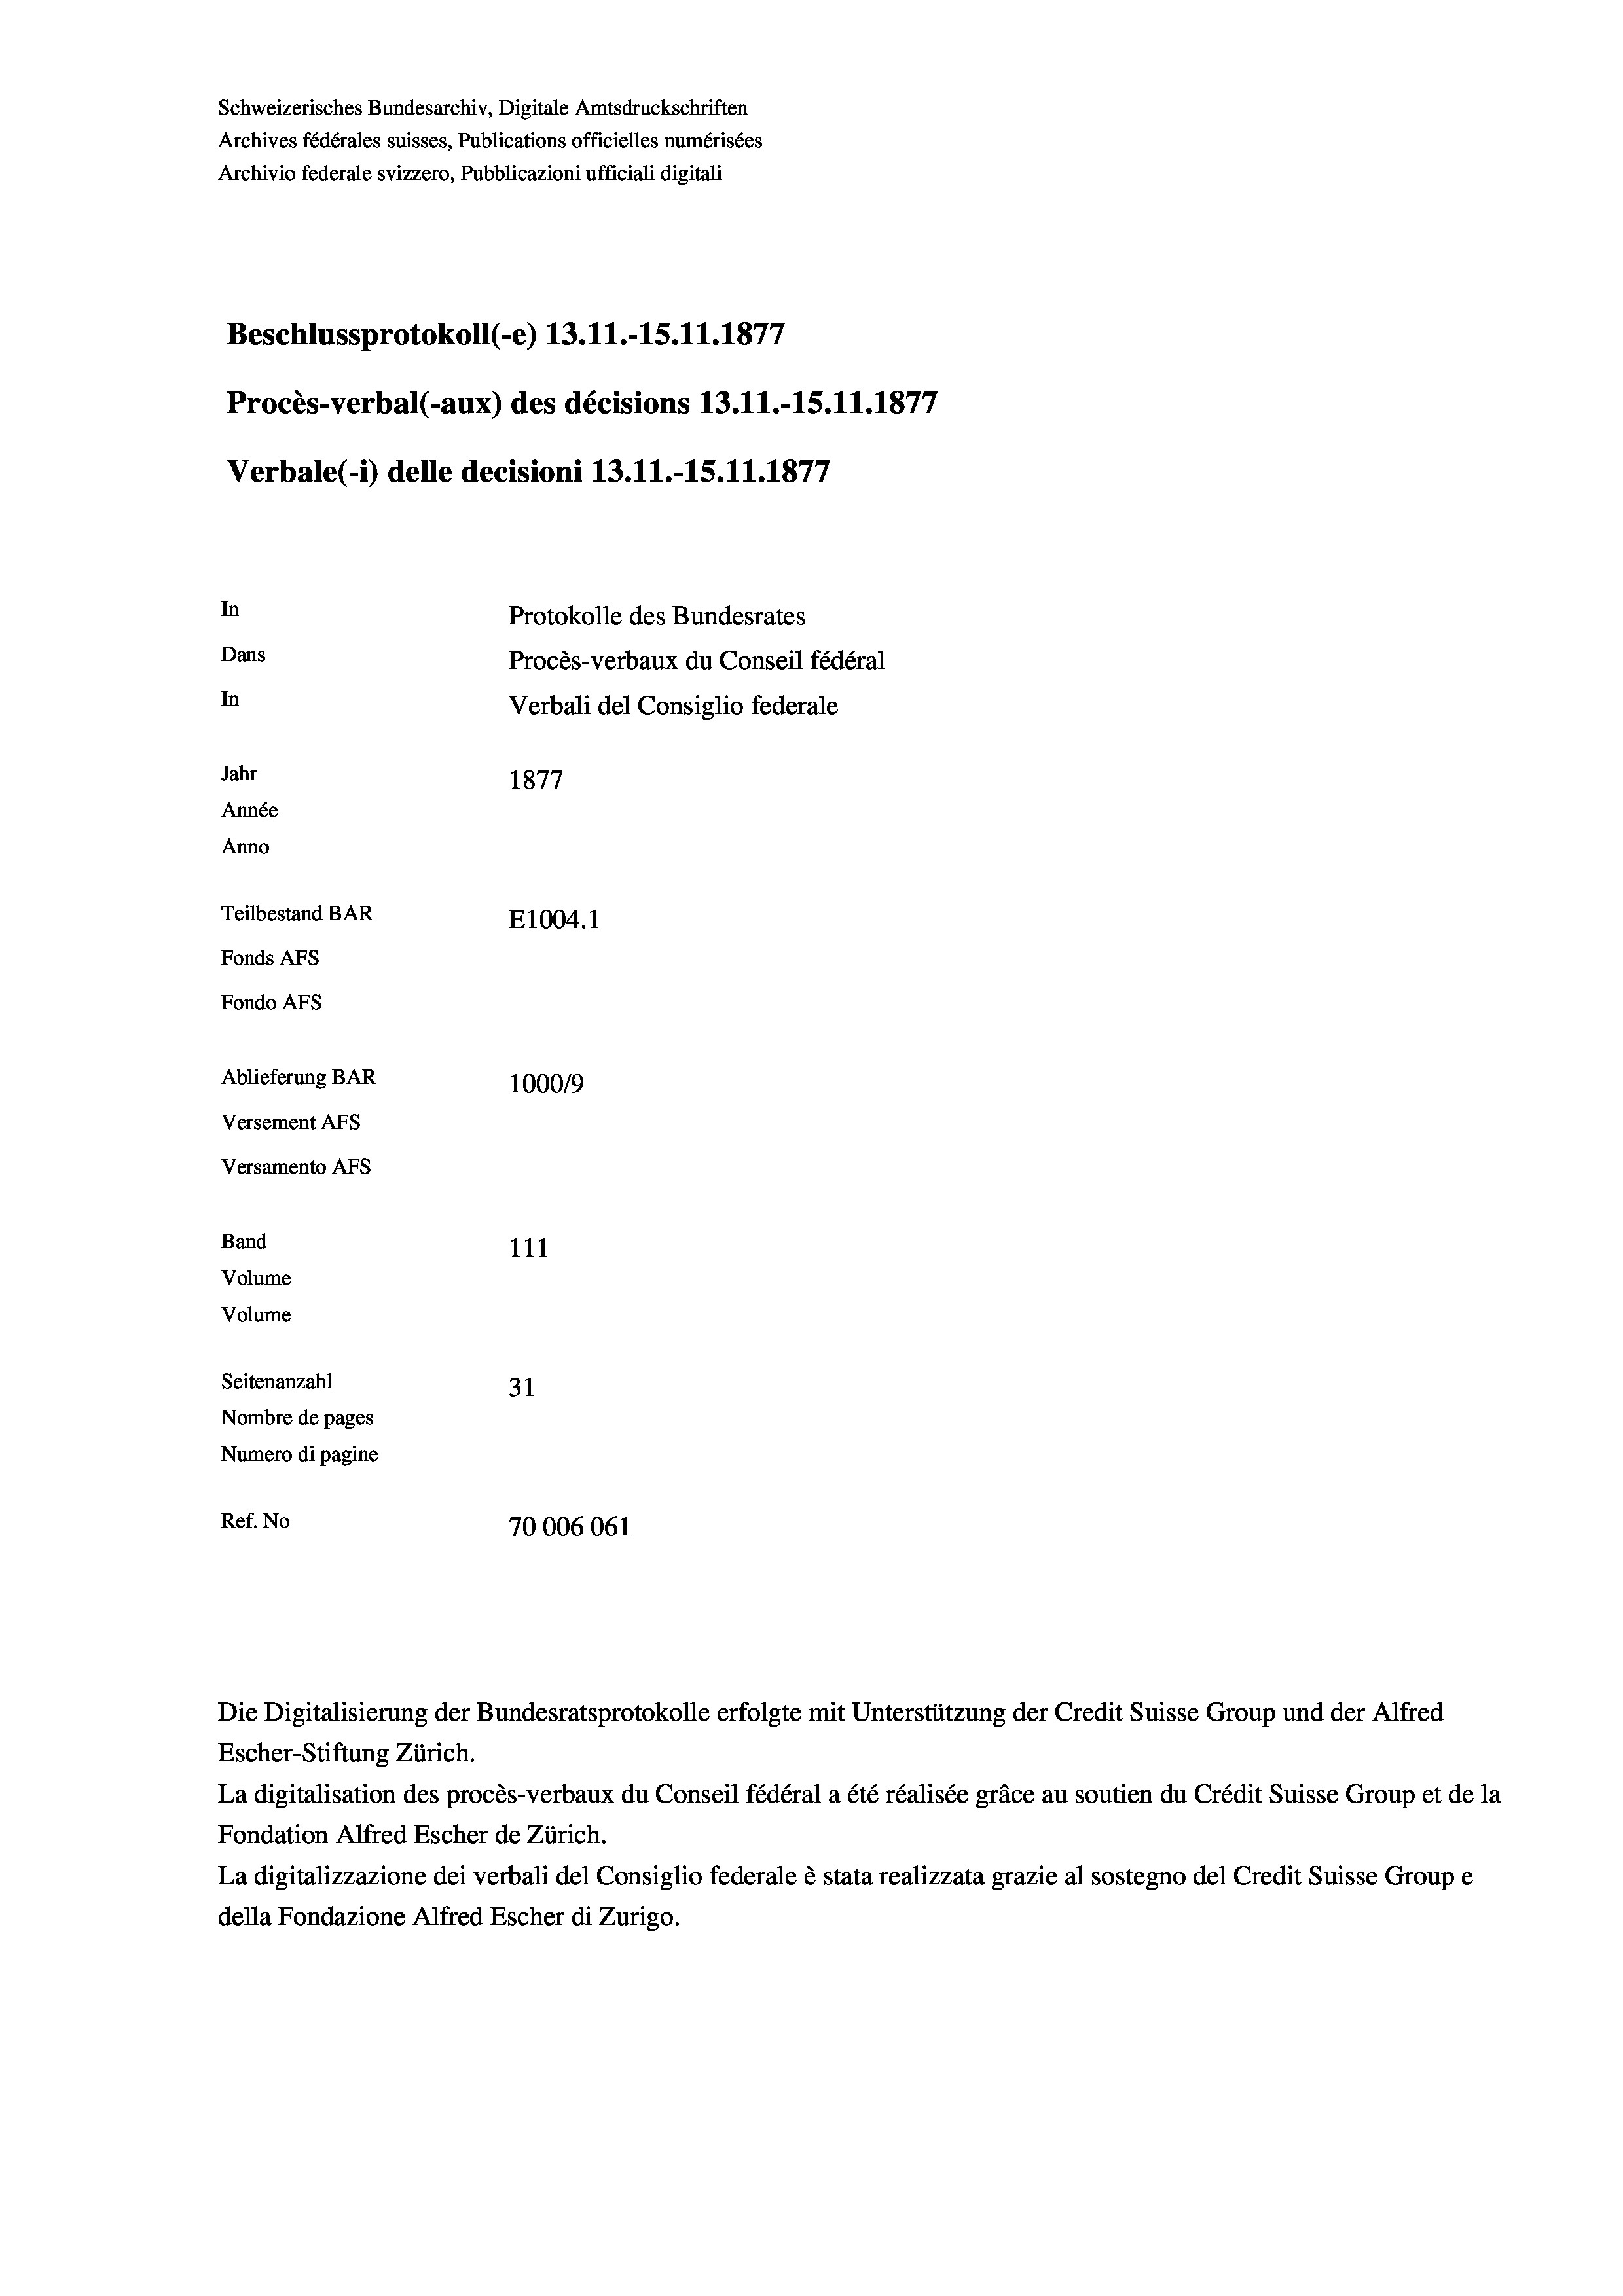
Schweizerisches Bundesarchiv, Digitale Amtsdruckschriften
Archives fédérales suisses, Publications officielles numérisées
Archivio federale svizzero, Pubblicazioni ufficiali digitali
Beschlussprotokoll (-e) 13.11.-15.11.1877
Procès-verbal (-aux) des décisions 13.11.-15.11.1877
Verbale(-*) delle decisioni 13.11.-15.11.1877
In
Protokolle des Bundesrates
Dans
Procès-verbaux du Conseil fédéral
In
Verbali del Consiglio federale
Jahr
1877
Année
Anno
Teilbestand BAR
E1004. 1
Fonds AFs
Fondo AFs
Ablieferung BAR
1000/9
Versement Abs
Versamento AFS
Band
111
Volume
Volume
Seitenanzahl
31
Nombre de pages
Numero di pagine
Ref. No
70006061

La digitalisation des procès-verbaux du Conseil fédéral a été réalisée gräce au soutien du Crédit Suisse Group et de la
Fondation Alfred Escher de Zürich.
La digitalizzazione dei verbali del Consiglio federale è stata realizzata grazie al sostegno del Credit Suisse Groupe
della Fondazione Alfred Escher di Zurigo.

Escher-Stiftung Zürich.

Die Digitalisierung der Bundesratsprotokolle erfolgte mit Unterstützung der Credit Suisse Group und der Alfred